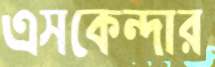
এসকেন্দার